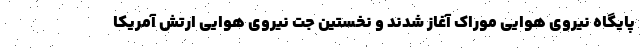
پایگاه نیروی هوایی موراک آغاز شدند و نخستین جت نیروی هوایی ارتش آمریکا